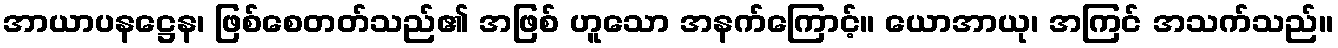
အာယာပနဋ္ဌေန၊ ဖြစ်စေတတ်သည်၏ အဖြစ် ဟူသော အနက်ကြောင့်။ ယောအာယု၊ အကြင် အသက်သည်။